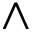
\wedge